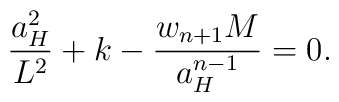
{a^2_H\over L^2}+k-{{w_{n+1}M}\over a^{n-1}_H}=0.